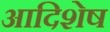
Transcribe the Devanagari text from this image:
आदिशेष